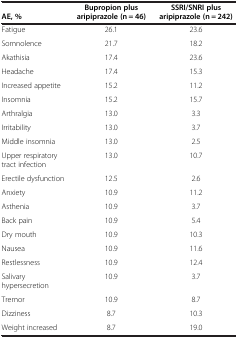
| AE, % | Bupropion plus aripiprazole (n = 46) | SSRI/SNRI plus aripiprazole (n = 242) |
 | --- | --- | --- |
 | Fatigue | 26.1 | 23.6 |
 | Somnolence | 21.7 | 18.2 |
 | Akathisia | 17.4 | 23.6 |
 | Headache | 17.4 | 15.3 |
 | Increased appetite | 15.2 | 11.2 |
 | Insomnia | 15.2 | 15.7 |
 | Arthralgia | 13.0 | 3.3 |
 | Irritability | 13.0 | 3.7 |
 | Middle insomnia | 13.0 | 2.5 |
 | Upper respiratory tract infection | 13.0 | 10.7 |
 | Erectile dysfunction | 12.5 | 2.6 |
 | Anxiety | 10.9 | 11.2 |
 | Asthenia | 10.9 | 3.7 |
 | Back pain | 10.9 | 5.4 |
 | Dry mouth | 10.9 | 10.3 |
 | Nausea | 10.9 | 11.6 |
 | Restlessness | 10.9 | 12.4 |
 | Salivary hypersecretion | 10.9 | 3.7 |
 | Tremor | 10.9 | 8.7 |
 | Dizziness | 8.7 | 10.3 |
 | Weight increased | 8.7 | 19.0 |